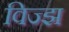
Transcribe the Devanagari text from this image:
विज्झ